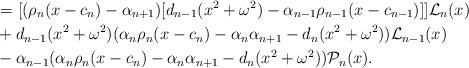
LaTeX: \begin{align*}&=[(\rho_n(x-c_n)-\alpha_{n+1})[ d_{n-1}(x^2+\omega^2)-\alpha_{n-1} \rho_{n-1} (x-c_{n-1}) ]]\mathcal{L}_{n}(x) \\&+d_{n-1}(x^2+\omega^2)(\alpha_n\rho_n(x-c_n)-\alpha_n \alpha_{n+1}-d_n (x^2+\omega^2)) \mathcal{L}_{n-1}(x)\\&-\alpha_{n-1}(\alpha_n\rho_n(x-c_n)-\alpha_n \alpha_{n+1}-d_n (x^2+\omega^2))\mathcal{P}_{n}(x).\end{align*}